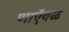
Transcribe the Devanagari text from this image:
णाऍवळ